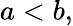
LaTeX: a<b,